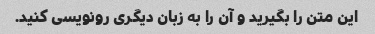
این متن را بگیرید و آن را به زبان دیگری رونویسی کنید.